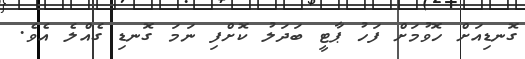
ގޮނޑިއަށް ހޮވުމަށް ފަހު ޕާޓީ ބަދަލު ކޮށްފި ނަމަ ގޮނޑި ގެއްލެ އެވެ.